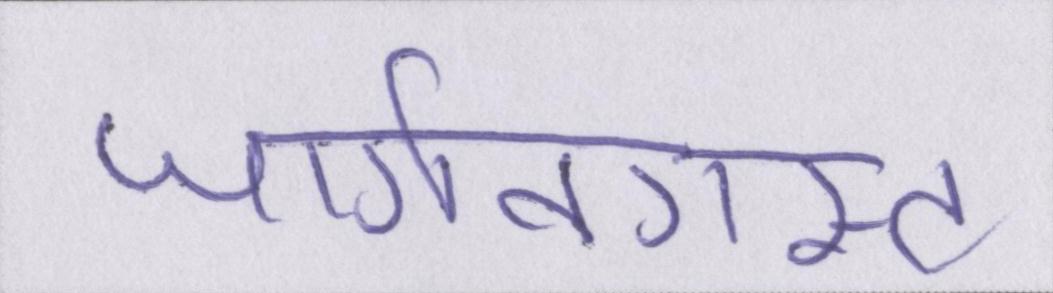
जार्गनग्रस्त